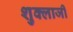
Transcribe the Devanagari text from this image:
शुक्लाजी